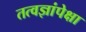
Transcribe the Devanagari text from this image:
तत्वज्ञांपेक्षा